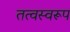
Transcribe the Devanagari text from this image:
तत्वस्वरूप